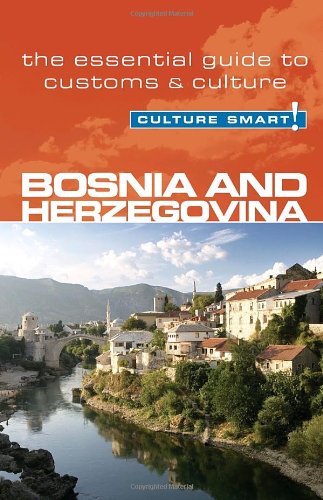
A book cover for Bosnia & Herzegovina - Culture Smart: the essential guide to customs & culture; Elizabeth Hammond; Travel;